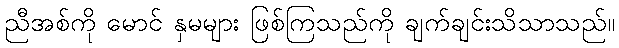
ညီအစ်ကို မောင် နှမများ ဖြစ်ကြသည်ကို ချက်ချင်းသိသာသည်။